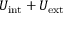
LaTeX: U _ { \mathrm { i n t } } + U _ { \mathrm { e x t } }